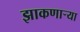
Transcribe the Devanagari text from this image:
झाकणाऱ्या